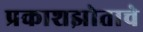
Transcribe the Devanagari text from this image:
प्रकाशझोताचे